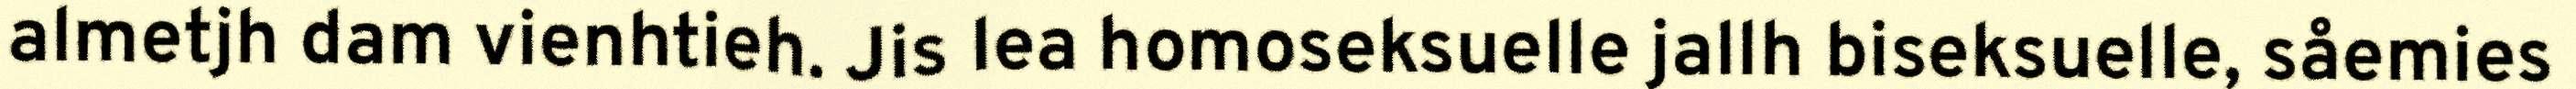
almetjh dam vienhtieh. Jis lea homoseksuelle jallh biseksuelle, såemies